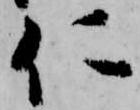
仁